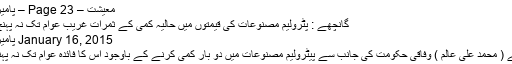
معیشت – Page 23 – پامیر ٹائمز
گانچھے : پٹرولیم مصنوعات کی قیمتوں میں حالیہ کمی کے ثمرات غریب عوام تک نہ پہنچ سکیں
January 16, 2015 پامیر ٹائمز
گانچھے ( محمد علی عالم ) وفاقی حکومت کی جانب سے پیٹرولیم مصنوعات میں دو بار کمی کرنے کے باوجود اس کا فائدہ عوام تک نہ پہنچ سکا۔